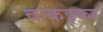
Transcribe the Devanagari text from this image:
वाकङ्कर